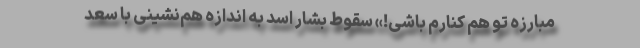
مبارزه تو هم کنارم باشی!» سقوط بشار اسد به اندازه هم‌نشینی با سعد